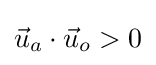
{\vec {u}}_{a}\cdot {\vec {u}}_{o}>0